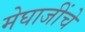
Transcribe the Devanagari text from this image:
मेघाजींचे